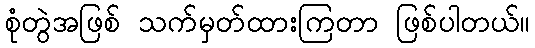
စုံတွဲအဖြစ် သက်မှတ်ထားကြတာ ဖြစ်ပါတယ်။